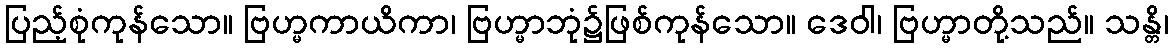
ပြည့်စုံကုန်သော။ ဗြဟ္မကာယိကာ၊ ဗြဟ္မာဘုံ၌ဖြစ်ကုန်သော။ ဒေဝါ၊ ဗြဟ္မာတို့သည်။ သန္တိ၊